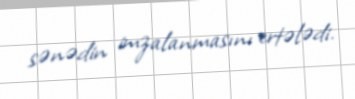
sənədin imzalanmasını ertələdi.